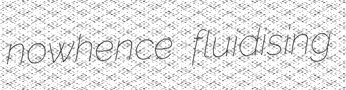
nowhence fluidising